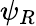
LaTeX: \psi_{R}